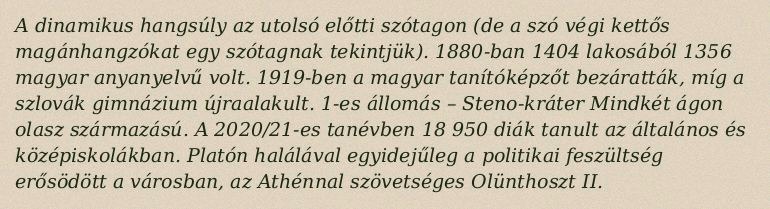
A dinamikus hangsúly az utolsó előtti szótagon (de a szó végi kettős magánhangzókat egy szótagnak tekintjük). 1880-ban 1404 lakosából 1356 magyar anyanyelvű volt. 1919-ben a magyar tanítóképzőt bezáratták, míg a szlovák gimnázium újraalakult. 1-es állomás – Steno-kráter Mindkét ágon olasz származású. A 2020/21-es tanévben 18 950 diák tanult az általános és középiskolákban. Platón halálával egyidejűleg a politikai feszültség erősödött a városban, az Athénnal szövetséges Olünthoszt II.